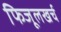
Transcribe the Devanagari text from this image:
फिजूलखर्च